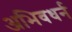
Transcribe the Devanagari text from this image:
अभिवधर्न